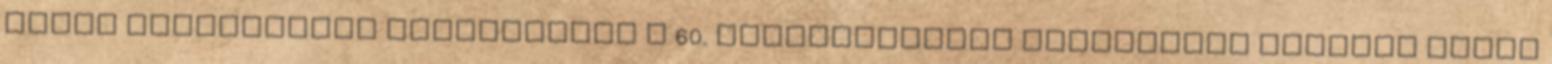
Római szerződések aláírásának a 60. születésnapja alkalmából tartott uniós